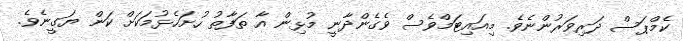
ކެމްޕަސް ދަރިވަރުންނެވެ. މިއައިޓަމްވެސް ވެގެންދާނީ މުޅިން އާ ތަފާތު ހުށަހެޅުމަކަށް ކަން ޔަގީނެވެ.